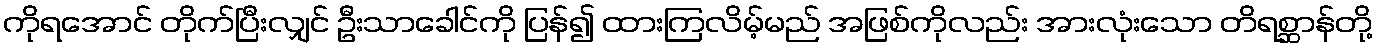
ကိုရအောင် တိုက်ပြီးလျှင် ဦးသာခေါင်ကို ပြန်၍ ထားကြလိမ့်မည် အဖြစ်ကိုလည်း အားလုံးသော တိရစ္ဆာန်တို့